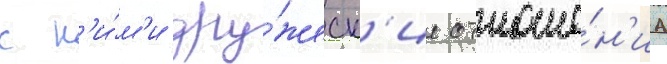
с н'и́м'и дру́жеск'ие отноше́н'иа